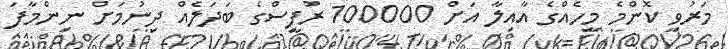
މަރުވި ކޮންމެ މީހެއްގެ އާއިލާ އަށް 100000 ރުފީސްގެ ބަދަލެއް ދިނުމަށް ނިންމާފަ